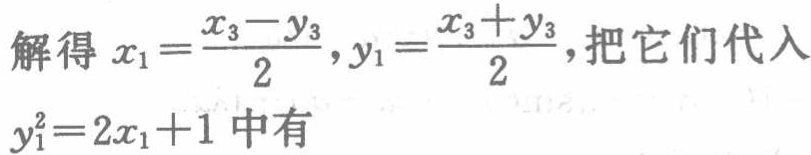
解得 \(x_{1}=\frac{x_{3}-y_{3}}{2},y_{1}=\frac{x_{3}+y_{3}}{2}\)，把它们代入 \(y_{1}^{2}=2x_{1}+1\) 中有